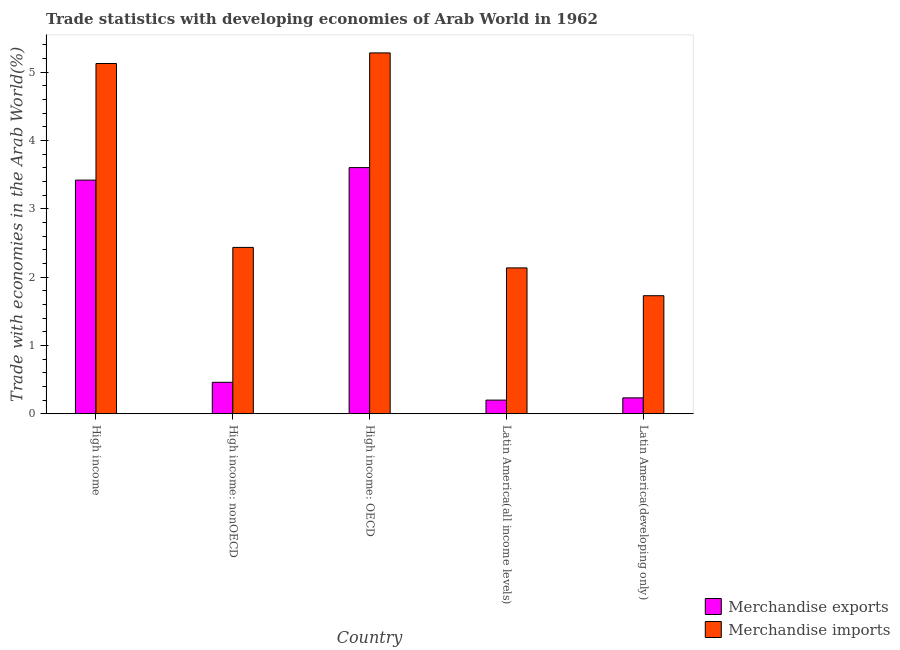
| Country | Merchandise exports | Merchandise imports |
 | --- | --- | --- |
 | High income | 3.42 | 5.12 |
 | High income: nonOECD | 0.46 | 2.43 |
 | High income: OECD | 3.6 | 5.28 |
 | Latin America(all income levels) | 0.199 | 2.13 |
 | Latin America(developing only) | 0.232 | 1.73 |